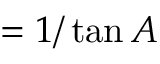
= { 1 / \tan A }